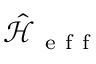
\hat { \mathcal { H } } _ { \mathrm { ~ e ~ f ~ f ~ } }